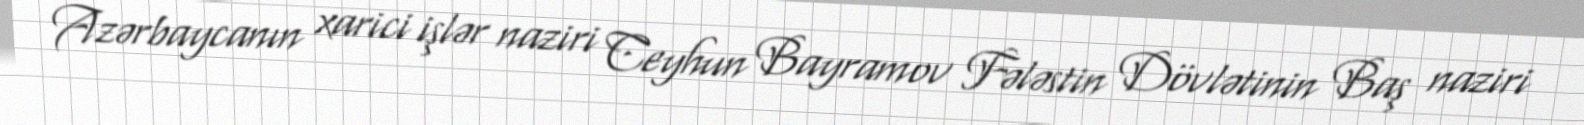
Azərbaycanın xarici işlər naziri Ceyhun Bayramov Fələstin Dövlətinin Baş naziri